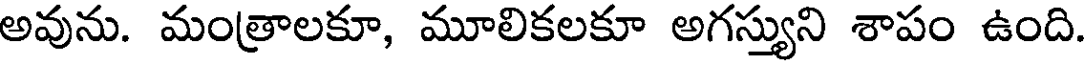
అవును. మంత్రాలకూ, మూలికలకూ అగస్త్యుని శాపం ఉంది.